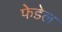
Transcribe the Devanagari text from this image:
फेडेल